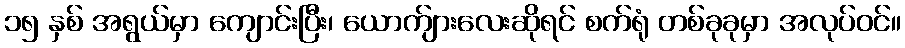
၁၅ နှစ် အရွယ်မှာ ကျောင်းပြီး၊ ယောက်ျားလေးဆိုရင် စက်ရုံ တစ်ခုခုမှာ အလုပ်ဝင်။